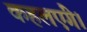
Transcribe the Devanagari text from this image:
कहलएंगे।